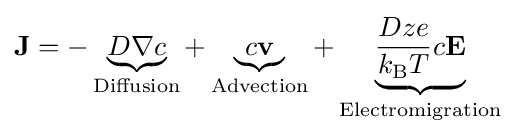
{\bf {J}}=-\underbrace {D\nabla c} _{\text{Diffusion}}+\underbrace {c{\bf {v}}} _{\text{Advection}}+\underbrace {{Dze \over {k_{\text{B}}T}}c{\bf {E}}} _{\text{Electromigration}}